Leaving Certificate Examination (including Day School Certificate (Higher) General paper), 1935
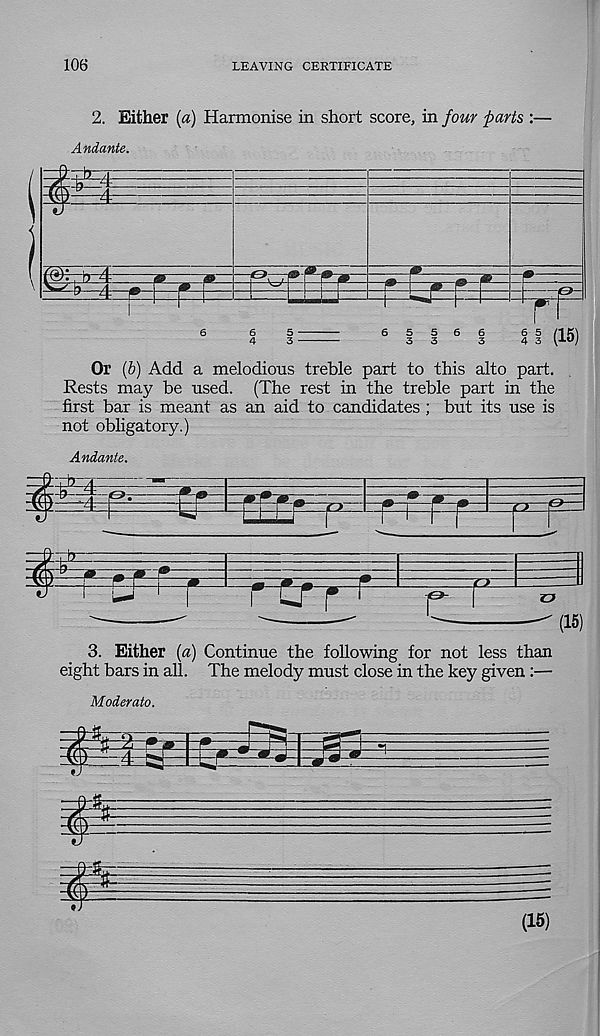
106
LEAVING CERTIFICATE
2. Either (a) Harmonise in short score, in four parts :—
Andante.
Or (b) Add a melodious treble part to this alto part.
Rests may be used. (The rest in the treble part in the
first bar is meant as an aid to candidates ; but its use is
not obligatory.)
3. Either (a) Continue the following for not less than
eight bars in all. The melody must close in the key given :—
Moderate.
(15)